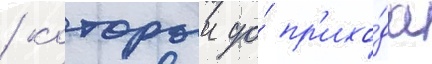
/ которыи до́ пр'ихо́да